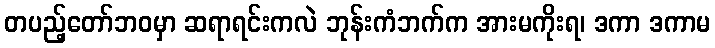
တပည့်တော်ဘဝမှာ ဆရာရင်းကလဲ ဘုန်းကံဘက်က အားမကိုးရ၊ ဒကာ ဒကာမ